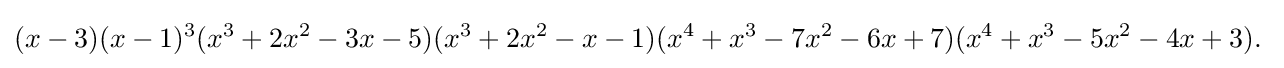
(x-3)(x-1)^{3}(x^{3}+2x^{2}-3x-5)(x^{3}+2x^{2}-x-1)(x^{4}+x^{3}-7x^{2}-6x+7)(x^{4}+x^{3}-5x^{2}-4x+3).\